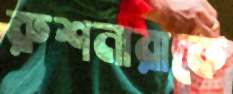
রুশনারাকে